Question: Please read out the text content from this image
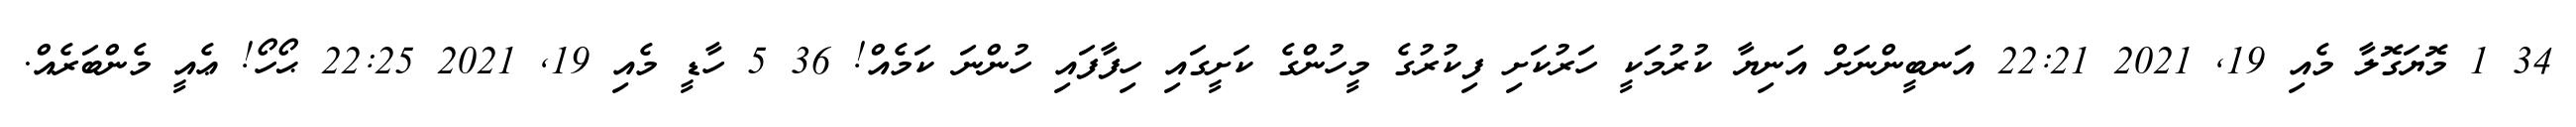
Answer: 34 1 މޮޔަގޮލާ މެއި 19, 2021 22:21 އަނބީންނަށް އަނިޔާ ކުރުމަކީ ހަރުކަށި ފިކުރުގެ މީހުންގެ ކަށީގައި ހިފާފައި ހުންނަ ކަމެއް! 36 5 ހާޑީ މެއި 19, 2021 22:25 ޙޯހޯ! ޢެއީ މެންބަރެއް.